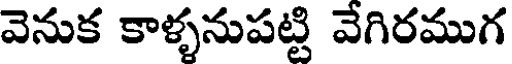
వెనుక కాళ్ళనుపట్టి వేగిరముగ